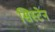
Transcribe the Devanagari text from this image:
सिस्टेन